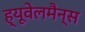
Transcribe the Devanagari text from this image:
ह्यूवेलमैन्स